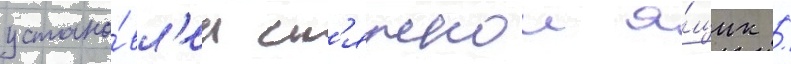
устано́вл'ен ст'яжнои я́щик /